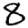
Digit: 8